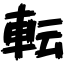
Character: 転